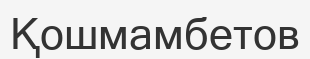
Қошмамбетов